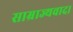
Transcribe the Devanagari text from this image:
साम्राज्यवाद।